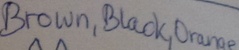
Text: Brown,Black,Orange